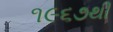
૧૯૬૭થી